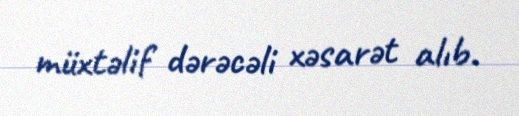
müxtəlif dərəcəli xəsarət alıb.